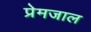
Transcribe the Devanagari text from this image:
प्रेमजाल